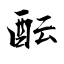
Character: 酝